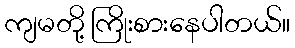
ကျမတို့ ကြိုးစားနေပါတယ်။